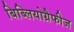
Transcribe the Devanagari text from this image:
बिब्लियोग्रैफीज